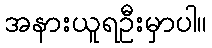
အနားယူရဦးမှာပါ။